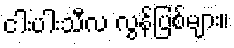
ငါးပါးသီလ လွန်ပြစ်များ။